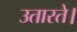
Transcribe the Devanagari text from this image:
उतारते।